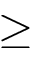
\geq